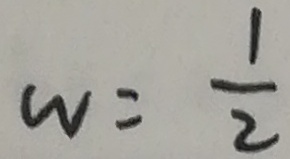
w = \frac { 1 } { 2 }